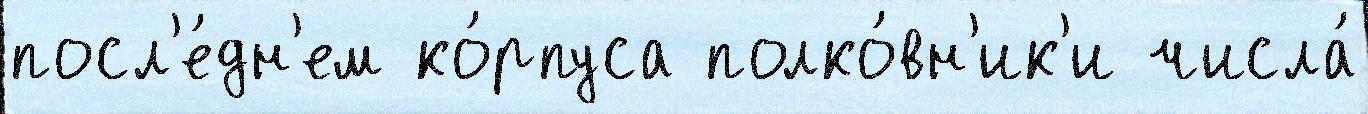
посл'е́дн'ем ко́рпуса полко́вн'ик'и числа́